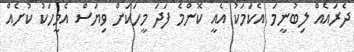
ދެރައެއް ލިބުނީމަ އެކަމަކު އެއީ ކޮންމެ ފަދަ މީހަކަށް ވިޔަސް އެމީހަކު ކުށެއް